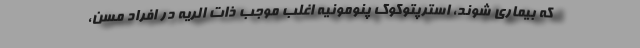
که بیماری شوند، استرپتوکوک پنومونیه اغلب موجب ذات الریه در افراد مسن،